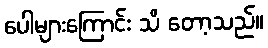
ပေါများကြောင်း သိ တော့သည်။